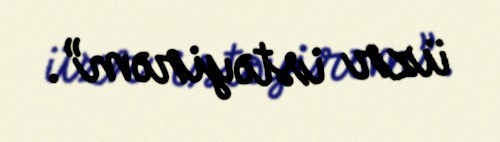
üzr istəyirəm”.